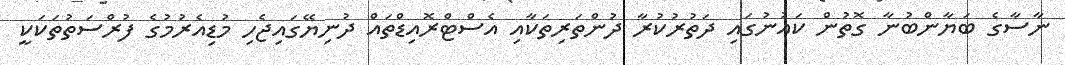
ނާސާގެ ބަޔާންބުނާ ގޮތުން ކައުނުގައި ދަތުރުކުރާ ދުންތަރިތަކާއި އެސްޓްރޮއިޑްތައް ދުނިޔޭގައިޖެހި މުޑިއެރުމުގެ ފުރްސަތުތަކަކީ